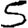
Digit: 5